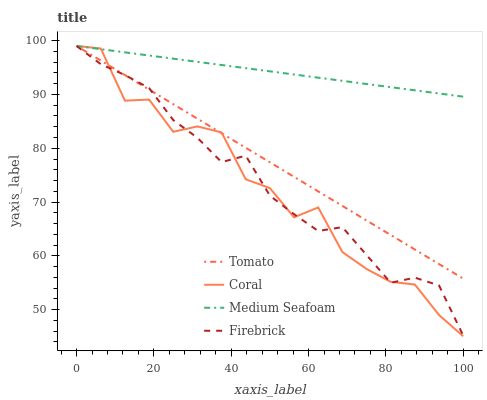
| xaxis_label | Tomato | Coral | Medium Seafoam | Firebrick |
 | --- | --- | --- | --- | --- |
 | 0 | 99 | 99 | 99 | 99 |
 | 6.25 | 96.3 | 98.5 | 98.4 | 95.6 |
 | 12.5 | 93.6 | 88.8 | 97.8 | 93.6 |
 | 18.8 | 90.9 | 89.1 | 97.2 | 91.2 |
 | 25 | 88.2 | 83.1 | 96.6 | 85.2 |
 | 31.2 | 85.5 | 84.1 | 96.1 | 81.9 |
 | 37.5 | 82.8 | 82.9 | 95.5 | 77.4 |
 | 43.8 | 80.1 | 74.2 | 94.9 | 78.6 |
 | 50 | 77.4 | 72.6 | 94.3 | 71.2 |
 | 56.2 | 74.7 | 67.2 | 93.7 | 67.7 |
 | 62.5 | 72 | 69 | 93.1 | 64.6 |
 | 68.8 | 69.3 | 60.7 | 92.5 | 65.3 |
 | 75 | 66.6 | 57.6 | 91.9 | 60.2 |
 | 81.2 | 63.9 | 55.2 | 91.4 | 55 |
 | 87.5 | 61.2 | 54.7 | 90.8 | 56 |
 | 93.8 | 58.5 | 49 | 90.2 | 54.5 |
 | 100 | 55.8 | 45.1 | 89.6 | 45.2 |